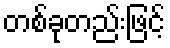
တစ်ခုတည်းဖြင့်